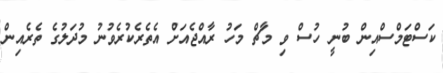
ކަސްޓަމްސްއިން ބުނީ ހުސް ވި މާޗް މަހު ރާއްޖެއަށް އެތެރެކުރެވުނު މުދަލުގެ ތެރެއިން